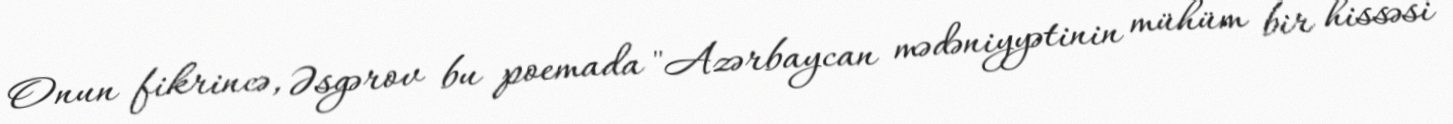
Onun fikrincə, Əsgərov bu poemada "Azərbaycan mədəniyyətinin mühüm bir hissəsi